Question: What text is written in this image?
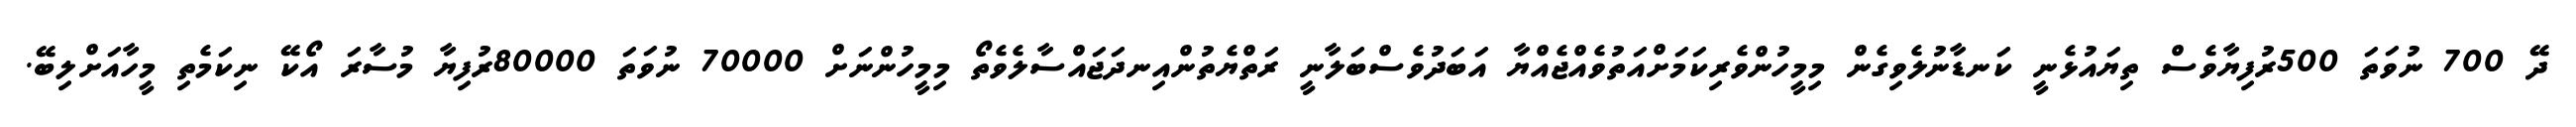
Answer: ދޭ 700 ނުވަތަ 500ރުފިޔާވެސް ތިޔައުޅެނީ ކަނޑާނުލެވިގެން މިމީހުންވެރިކަމަށްއަތުވެއްޖެއްޔާ އަބަދުވެސްބަލާނީ ރަތްޔެތުންއިނދަޖައްސާލެވެތޯ މިމީހުންނަށް 70000 ނުވަތަ 80000ރުފިޔާ މުސާރަ އޯކޭ ނިކަމެތި މީހާއަށްލިބޭ.